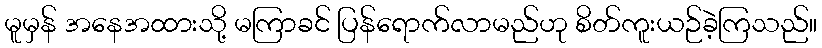
မူမှန် အနေအထားသို့ မကြာခင် ပြန်ရောက်လာမည်ဟု စိတ်ကူးယဉ်ခဲ့ကြသည်။